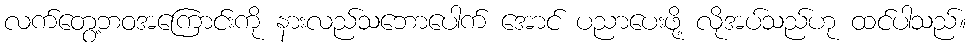
လက်တွေ့ဘဝအကြောင်းကို နားလည်သဘောပေါက် အောင် ပညာပေးဖို့ လိုအပ်သည်ဟု ထင်ပါသည်။